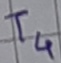
Text: T4